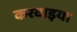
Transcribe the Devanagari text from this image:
करवाइया